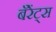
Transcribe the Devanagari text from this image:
बॅरेंट्‌स